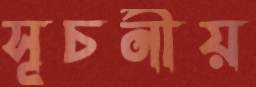
সূচনীয়